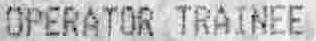
OPERATOR TRAINEE